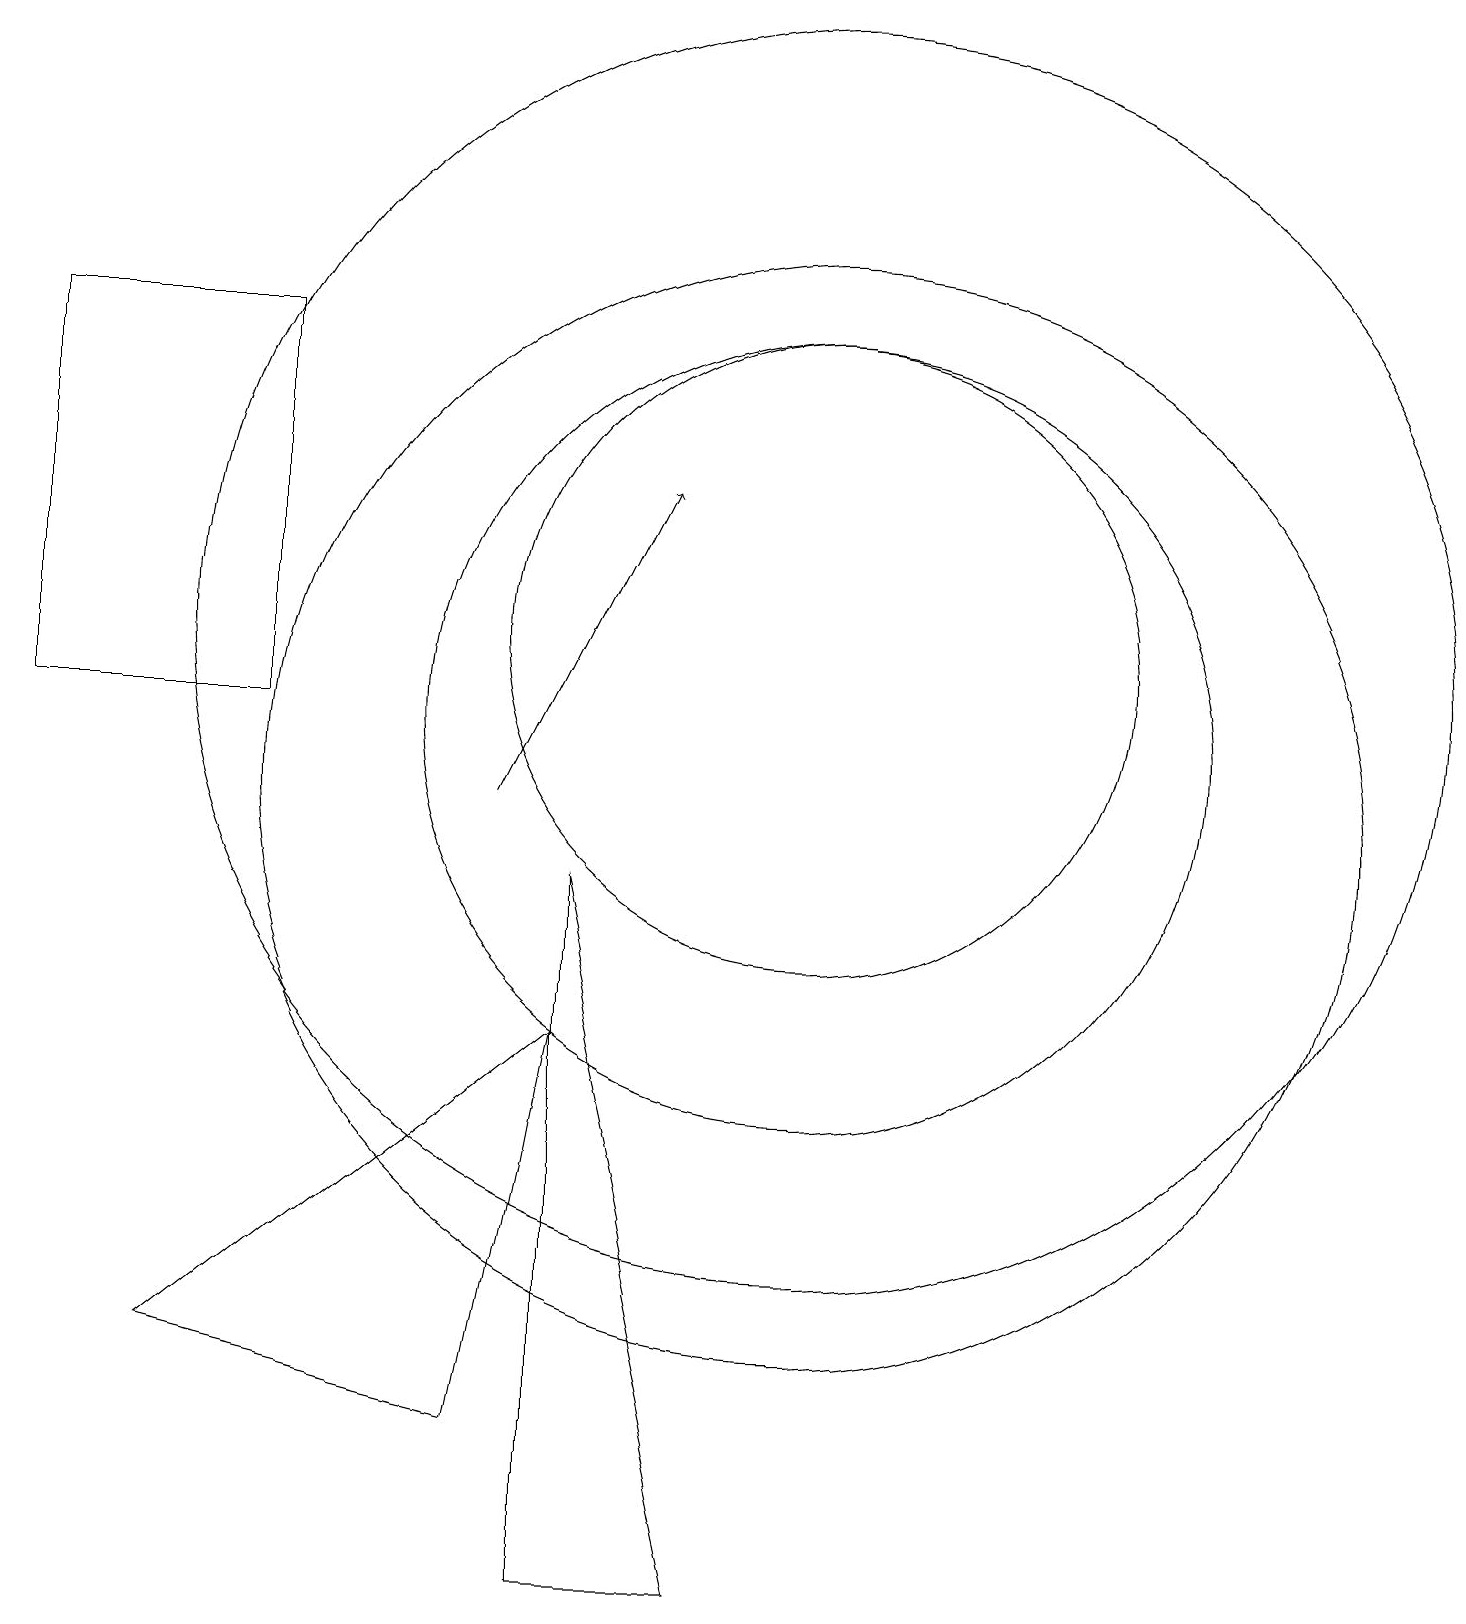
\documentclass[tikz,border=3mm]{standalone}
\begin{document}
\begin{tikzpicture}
\draw[->] (6,10) -- (8,14);
\draw (3,11) rectangle (0,16);
\draw (10,11) circle (5);
\draw (10,12) circle (8);
\draw (10,12) circle (4);
\draw (6,2) -- (7,7) -- (2,3) -- cycle;
\draw (7,0) -- (7,9) -- (9,0) -- cycle;
\draw (10,10) circle (7);
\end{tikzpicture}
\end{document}